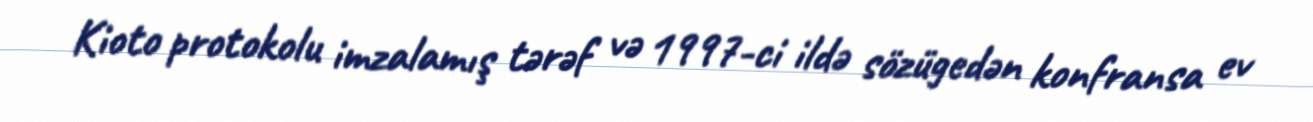
Kioto protokolu imzalamış tərəf və 1997-ci ildə sözügedən konfransa ev